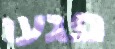
פגעו